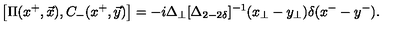
\left[ \Pi ( x ^ { + } , \vec { x } ) , C _ { - } ( x ^ { + } , \vec { y } ) \right] = - i \Delta _ { \perp } [ \Delta _ { 2 - 2 \delta } ] ^ { - 1 } ( x _ { \perp } - y _ { \perp } ) \delta ( { x ^ { - } } - y ^ { - } ) .